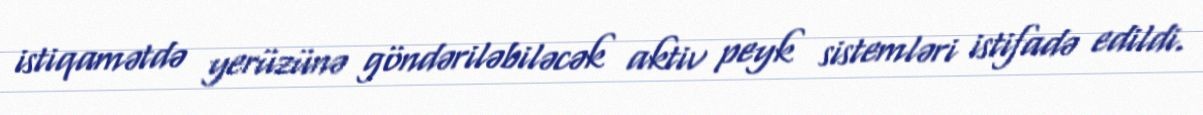
istiqamətdə yerüzünə göndəriləbiləcək aktiv peyk sistemləri istifadə edildi.